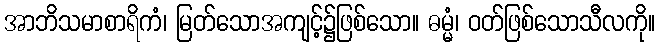
အာဘိသမာစာရိကံ၊ မြတ်သောအကျင့်၌ဖြစ်သော။ ဓမ္မံ၊ ဝတ်ဖြစ်သောသီလကို။